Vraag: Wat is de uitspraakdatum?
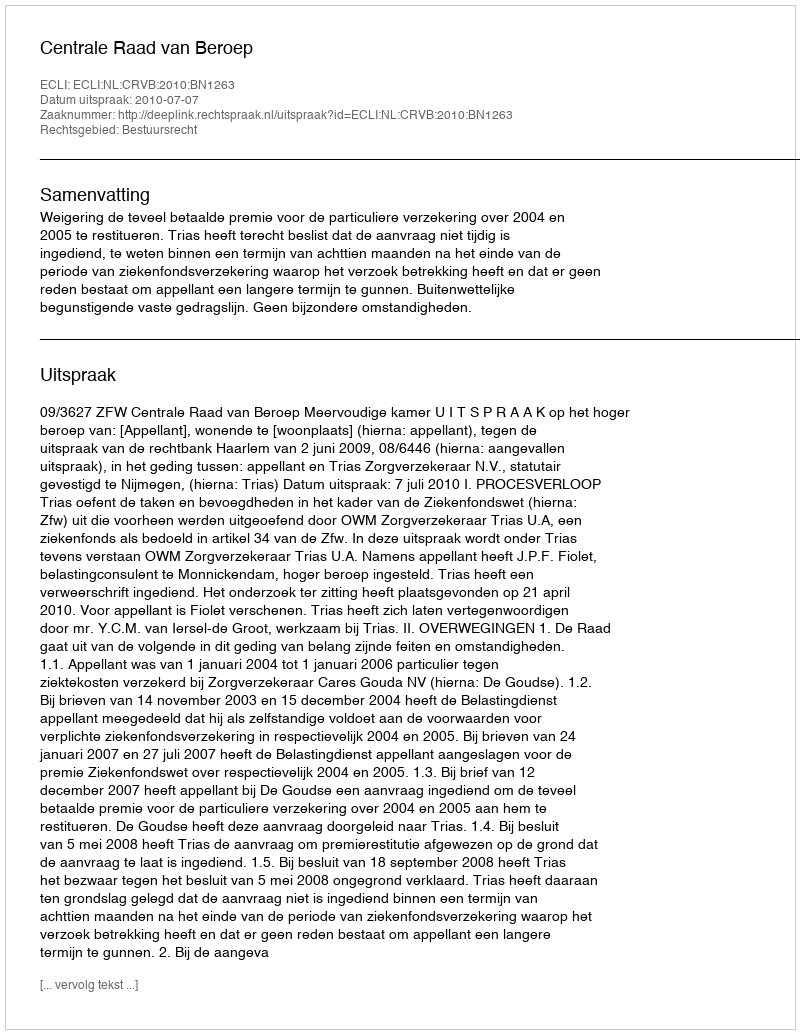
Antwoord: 2010-07-07